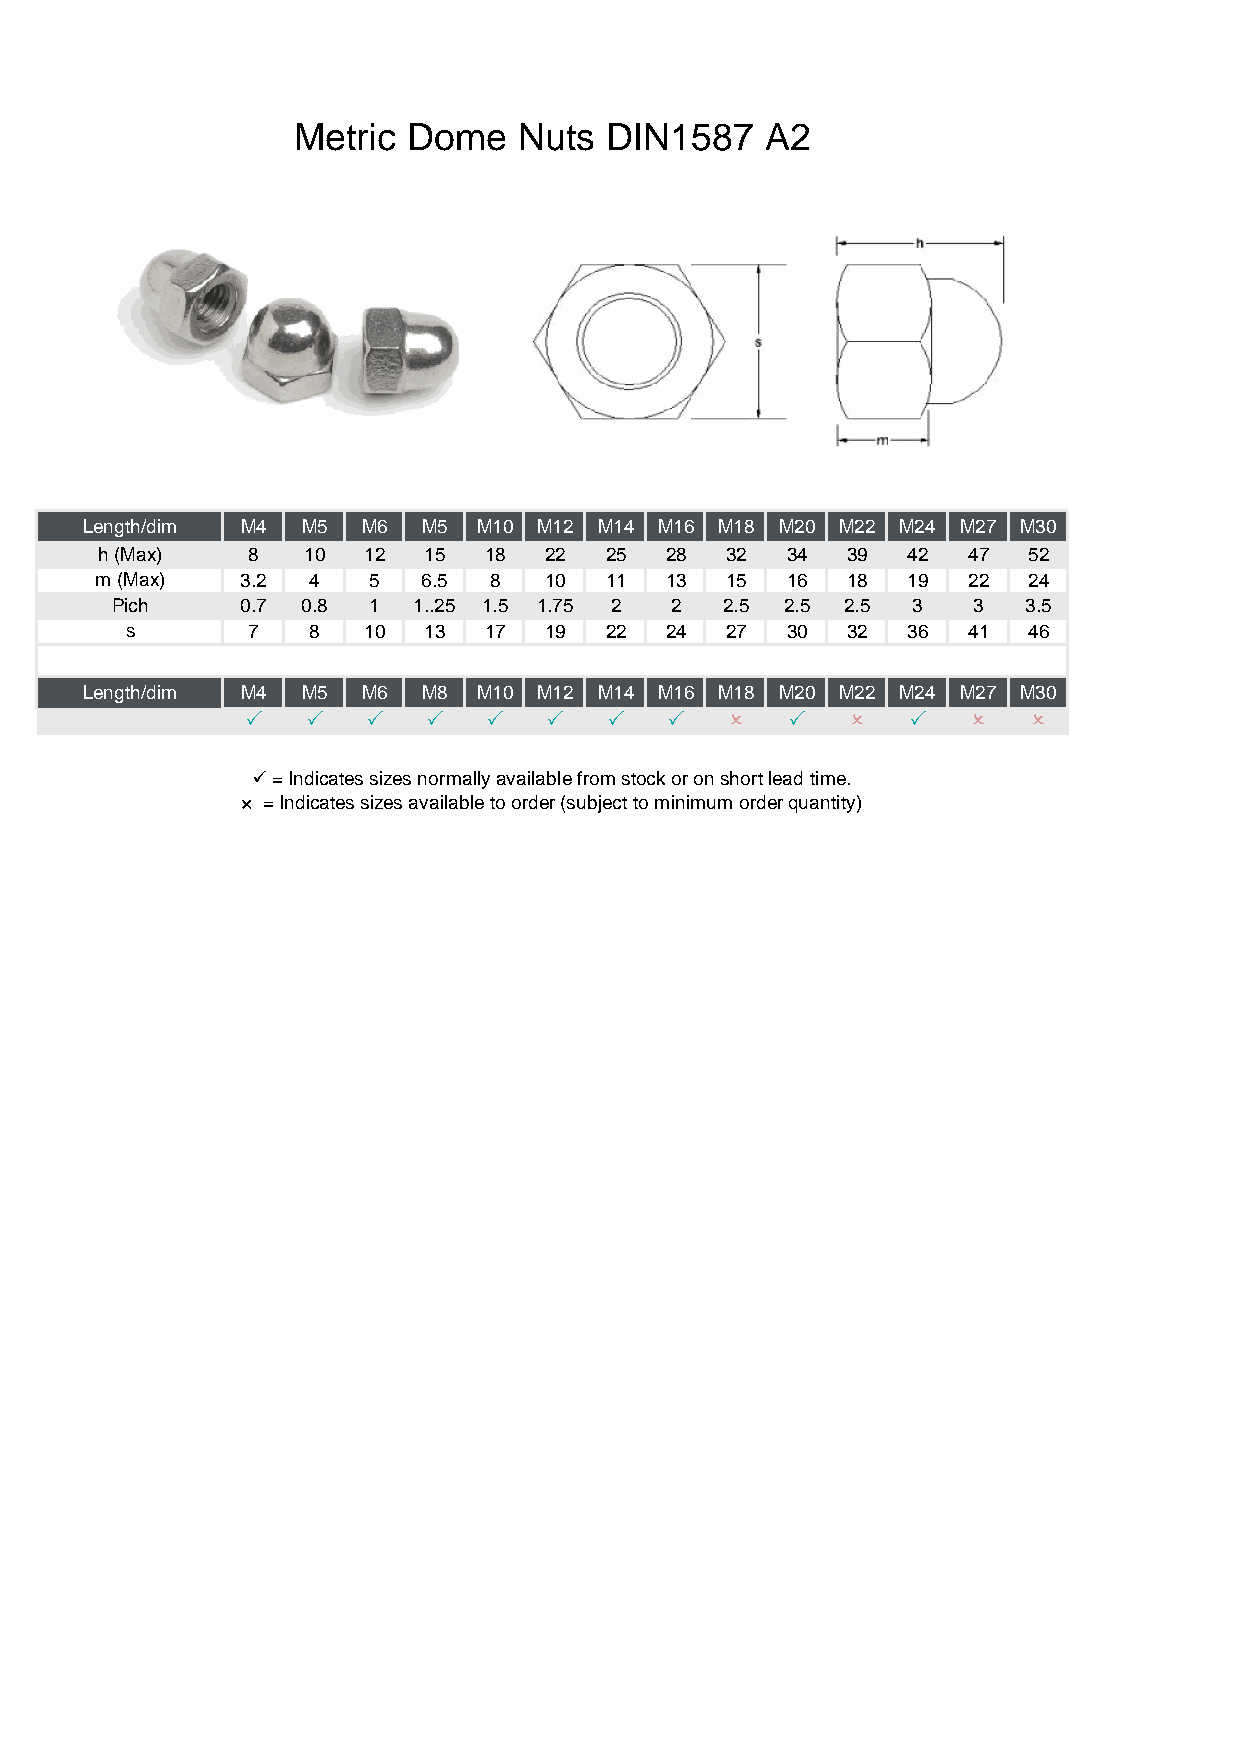
Metric  Dome   Nuts  DIN1587    A2
 Length/dim M4  M5  M6  M5  M10 M12 M14 M16 M18 M20 M22 M24 M27 M30
 h (Max)   8   10  12  15  18  22  25  28  32  34  39  42  47  52
 m (Max)   3.2 4   5   6.5 8   10  11  13  15  16  18  19  22  24
 Pich     0.7 0.8 1  1..25 1.5 1.75 2 2   2.5 2.5 2.5 3   3   3.5
 s       7   8   10  13  17  19  22  24  27  30  32  36  41  46
 Length/dim M4  M5  M6  M8  M10 M12 M14 M16 M18 M20 M22 M24 M27 M30
 P   P   P   P   P   P   P   P   O   P   O   P   O   O
 ✓ = Indicates sizes normally available from stock or on short lead time.
 × = Indicates sizes available to order (subject to minimum order quantity)